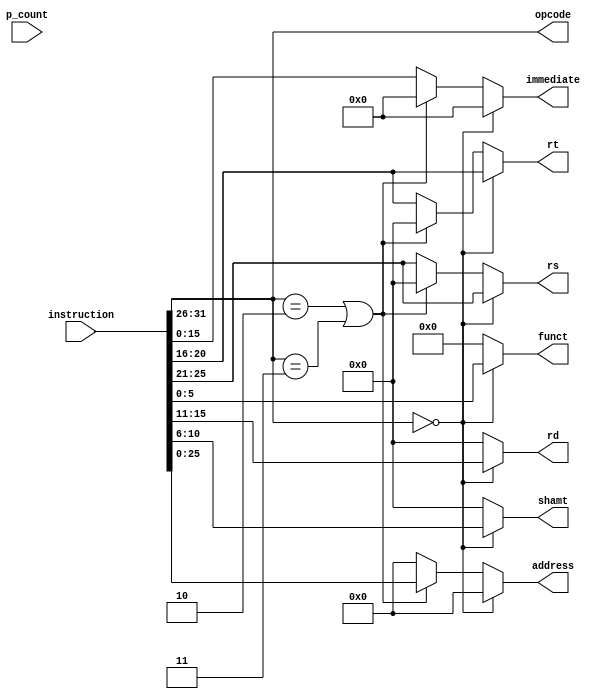
module ins_parser(
    output wire [5:0] opcode,
    output reg [4:0] rs, rt, rd, shamt, 
    output reg [5:0] funct,
    output reg[15:0] immediate,
    output reg [25:0] address,
    input [31:0] instruction, p_count
);

    assign opcode = instruction[31:26];
	
    always @(instruction) begin

        rs = 5'b00000;
        rt = 5'b00000;
        rd = 5'b00000;
        shamt = 5'b00000;
        funct = 6'b000000;
        immediate = 16'b0000000000000000;
        address = 26'b00000000000000000000000000;

        if(opcode == 6'h0) 
        begin        //R-type 
            shamt = instruction[10:6];
            rd = instruction[15:11];
            rt = instruction[20:16];
            rs = instruction[25:21];
            funct = instruction[5:0];
            // $display("shamt : %5b--- rd : %5b --- rt : %5b --- rs : %5b --- funct : %6b, PC: %32b", shamt, rd, rt, rs, funct, p_count);
        end
        else if(opcode == 6'h2 | opcode == 6'h3) 
        begin   // J-type
            address = instruction[25:0];
        end
        else 
        begin                               // I-type
            rt = instruction[20:16];
            rs = instruction[25:21];
            immediate = instruction[15:0];
        end
    end
	
endmodule